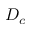
D _ { c }